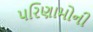
પરિણામોની